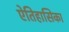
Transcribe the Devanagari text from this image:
ऐतिहासिका